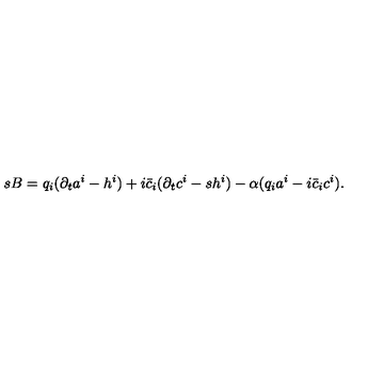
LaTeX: s B = q _ { i } ( \partial _ { t } a ^ { i } - h ^ { i } ) + i \bar { c } _ { i } ( \partial _ { t } c ^ { i } - s h ^ { i } ) - \alpha ( q _ { i } a ^ { i } - i \bar { c } _ { i } c ^ { i } ) .